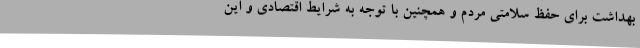
بهداشت برای حفظ سلامتی مردم و همچنین با توجه به شرایط اقتصادی و این